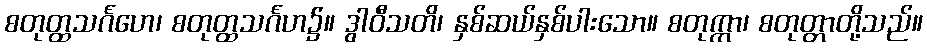
စတုတ္ထသင်္ဂဟေ၊ စတုတ္ထသင်္ဂဟ၌။ ဒွါဝီသတိ၊ နှစ်ဆယ်နှစ်ပါးသော။ စတုက္ကာ၊ စတုတ္တာတို့သည်။